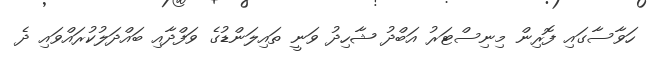
ހަވާސާގައި ފޮރިން މިނިސްޓަރު އަބްދު ޝާހިދު ވަނީ ތައިލަންޑުގެ ވަފްދާއި ބައްދަލުކުރައްވައި ދެ